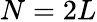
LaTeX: N=2L